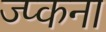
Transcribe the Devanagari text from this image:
ज्प्कना